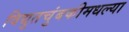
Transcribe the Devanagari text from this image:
विद्युतचुंबकीमधल्या